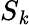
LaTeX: S_{\mathit{k}}